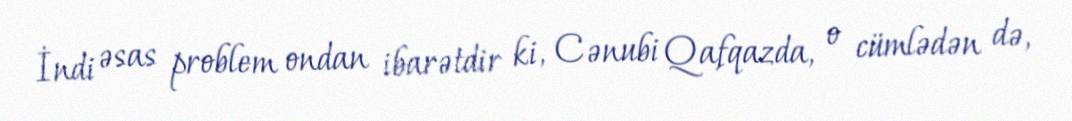
İndi əsas problem ondan ibarətdir ki, Cənubi Qafqazda, o cümlədən də,